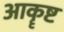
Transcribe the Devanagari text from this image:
आकॄष्ट